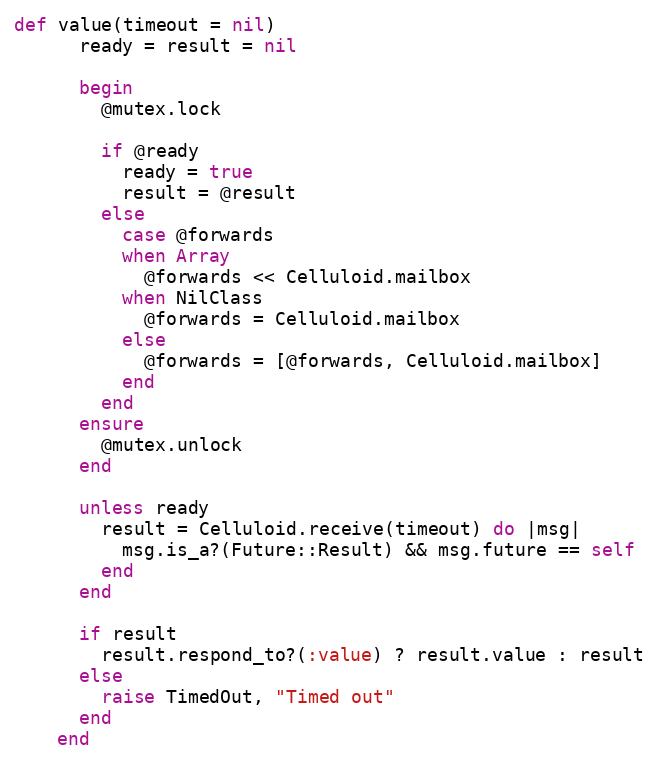
Language: Ruby
def value(timeout = nil)
      ready = result = nil

      begin
        @mutex.lock

        if @ready
          ready = true
          result = @result
        else
          case @forwards
          when Array
            @forwards << Celluloid.mailbox
          when NilClass
            @forwards = Celluloid.mailbox
          else
            @forwards = [@forwards, Celluloid.mailbox]
          end
        end
      ensure
        @mutex.unlock
      end

      unless ready
        result = Celluloid.receive(timeout) do |msg|
          msg.is_a?(Future::Result) && msg.future == self
        end
      end

      if result
        result.respond_to?(:value) ? result.value : result
      else
        raise TimedOut, "Timed out"
      end
    end